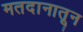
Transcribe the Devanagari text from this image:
मतदानातून